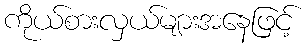
ကိုယ်စားလှယ်များအနေဖြင့်